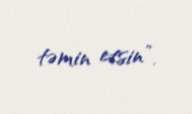
təmin etsin”.